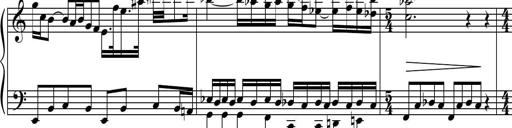
Title: Petite Sonatine
Composer: Richard St. Clair